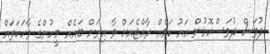
ދުވަސް ދުވަސްކޮޅުން އައު ކަމެއް ރާއްޖެއަށް ވާ އިރަށް ބައެއް މީހުންގެ ވާހަކަތައް